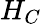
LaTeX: H_{C}